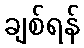
ချစ်ရန်